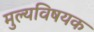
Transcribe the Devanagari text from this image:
मुल्यविषयक